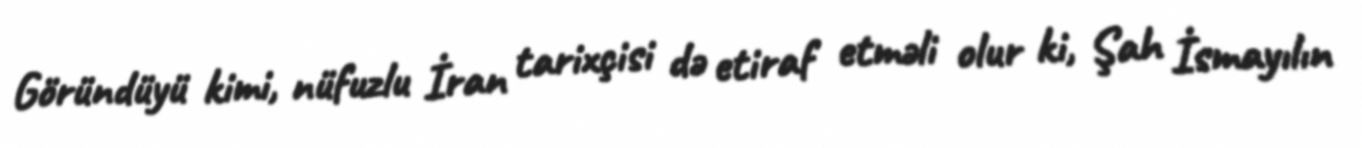
Göründüyü kimi, nüfuzlu İran tarixçisi də etiraf etməli olur ki, Şah İsmayılın